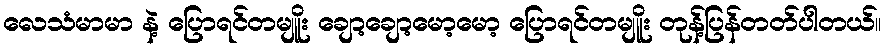
လေသံမာမာ နဲ့ ပြောရင်တမျိူး ချော့ချော့မော့မော့ ပြောရင်တမျိူး တုန့်ပြန်တတ်ပါတယ်။